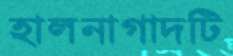
হালনাগাদটি